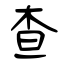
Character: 查